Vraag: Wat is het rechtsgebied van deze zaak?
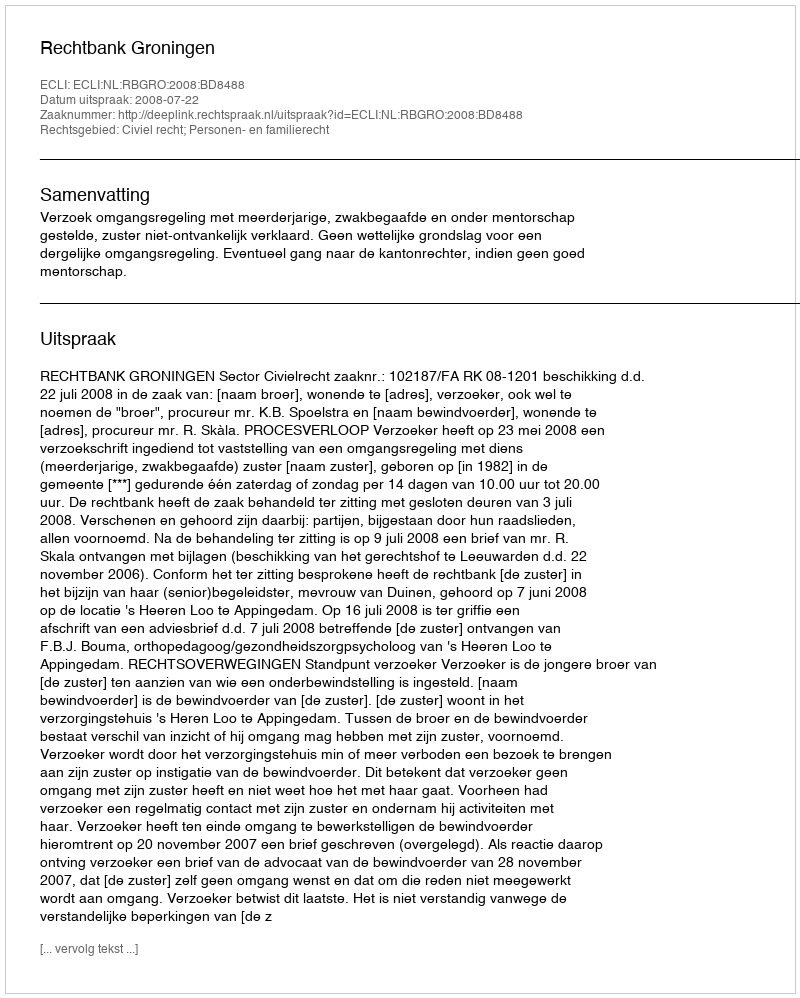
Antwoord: Civiel recht; Personen- en familierecht